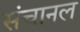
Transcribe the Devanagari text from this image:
संचानल